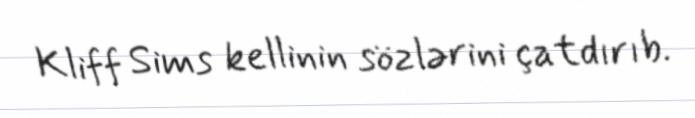
Kliff Sims kellinin sözlərini çatdırıb.